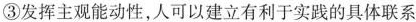
③发挥主观能动性，人可以建立有利于实践的具体联系